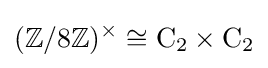
(\mathbb {Z} /8\mathbb {Z} )^{\times }\cong \mathrm {C} _{2}\times \mathrm {C} _{2}